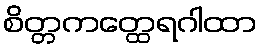
စိတ္တကတ္ထေရဂါထာ